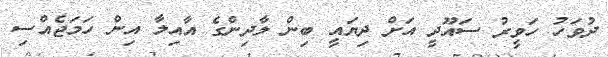
ދުވަހު ހަވީރު ސައޫދީ އަށް ދިޔައީ ބިން ލާދިންގެ އާއިލާ އިން ހަމަޖެއްސި